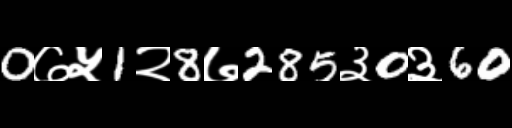
Text: 0७५1२8७285३0३60